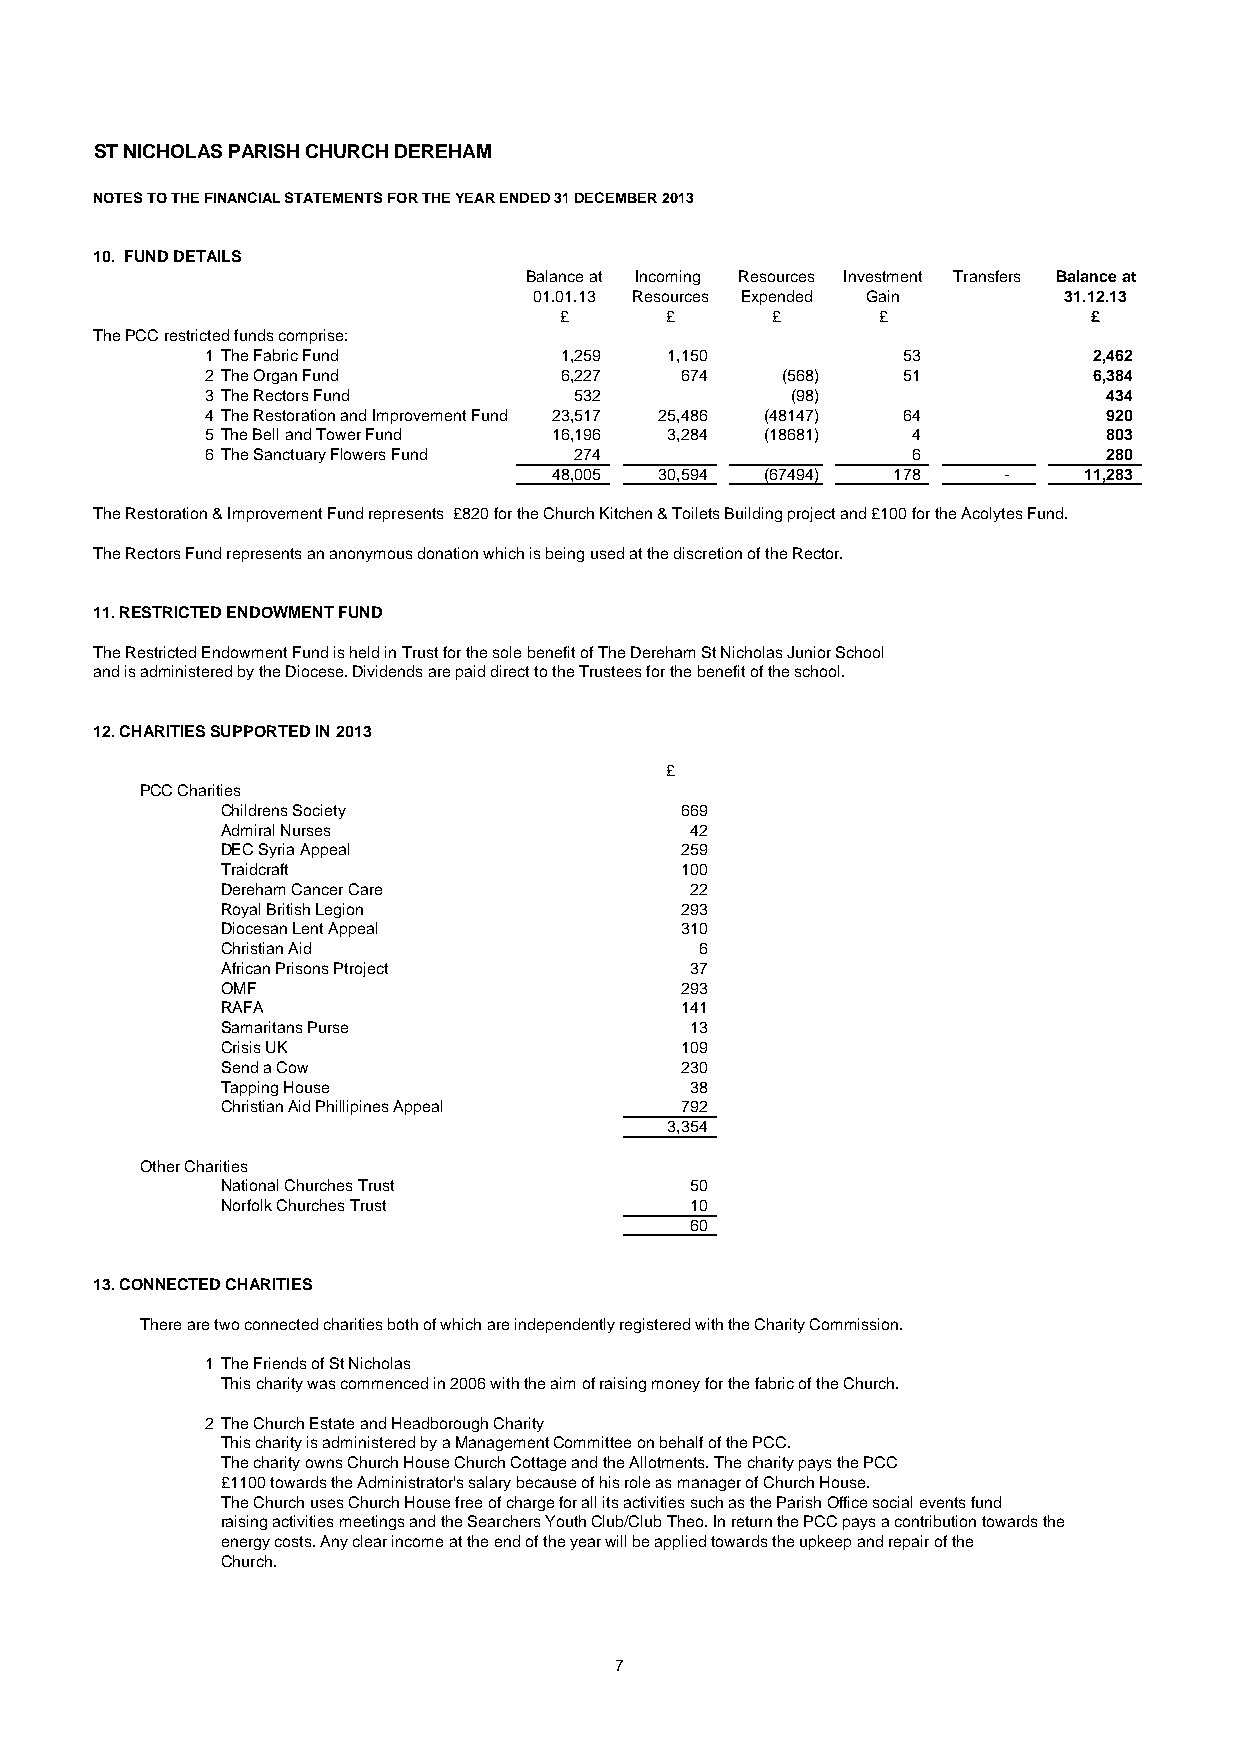
ST NICHOLAS PARISH CHURCH DEREHAM
 NOTES TO THE FINANCIAL STATEMENTS FOR THE YEAR ENDED 31 DECEMBER 2013
 10. FUND DETAILS
 Balance at Incoming Resources Investment Transfers Balance at
 01.01.13 Resources Expended Gain   31.12.13
 £      £      £      £             £
 The PCC restricted funds comprise:
 1 The Fabric Fund      1 ,259 1 ,150          5 3         2 ,462
 2 The Organ Fund       6 ,227  6 74   (568)   5 1         6 ,384
 3 The Rectors Fund      5 32          (98)                 4 34
 4 The Restoration and Improvement Fund 2 3,517 2 5,486 (48147) 6 4 9 20
 5 The Bell and Tower Fund 1 6,196 3 ,284 (18681) 4         8 03
 6 The Sanctuary Flowers Fund 2 74             6            2 80
 4 8,005 3 0,594 (67494) 1 78 -     1 1,283
 The Restoration & Improvement Fund represents £820 for the Church Kitchen & Toilets Building project and £100 for the Acolytes Fund.
 The Rectors Fund represents an anonymous donation which is being used at the discretion of the Rector.
 11. RESTRICTED ENDOWMENT FUND
 The Restricted Endowment Fund is held in Trust for the sole benefit of The Dereham St Nicholas Junior School
 and is administered by the Diocese. Dividends are paid direct to the Trustees for the benefit of the school.
 12. CHARITIES SUPPORTED IN 2013
 £
 PCC Charities
 Childrens Society             6 69
 Admiral Nurses                 4 2
 DEC Syria Appeal              2 59
 Traidcraft                    1 00
 Dereham Cancer Care            2 2
 Royal British Legion          2 93
 Diocesan Lent Appeal          3 10
 Christian Aid                  6
 African Prisons Ptroject       3 7
 OMF                           2 93
 RAFA                          1 41
 Samaritans Purse               1 3
 Crisis UK                     1 09
 Send a Cow                    2 30
 Tapping House                  3 8
 Christian Aid Phillipines Appeal 7 92
 3 ,354
 Other Charities
 National Churches Trust        5 0
 Norfolk Churches Trust         1 0
 6 0
 13. CONNECTED CHARITIES
 There are two connected charities both of which are independently registered with the Charity Commission.
 1 The Friends of St Nicholas
 This charity was commenced in 2006 with the aim of raising money for the fabric of the Church.
 2 The Church Estate and Headborough Charity
 This charity is administered by a Management Committee on behalf of the PCC.
 The charity owns Church House Church Cottage and the Allotments. The charity pays the PCC
 £1100 towards the Administrator's salary because of his role as manager of Church House.
 The Church uses Church House free of charge for all its activities such as the Parish Office social events fund
 raising activities meetings and the Searchers Youth Club/Club Theo. In return the PCC pays a contribution towards the
 energy costs. Any clear income at the end of the year will be applied towards the upkeep and repair of the
 Church.
 7